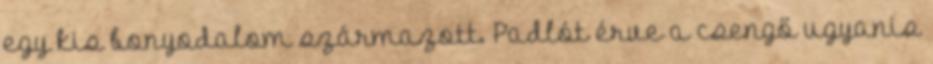
egy kis bonyodalom származott. Padlót érve a csengő ugyanis